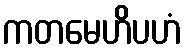
ကတမေဟိပဟံ